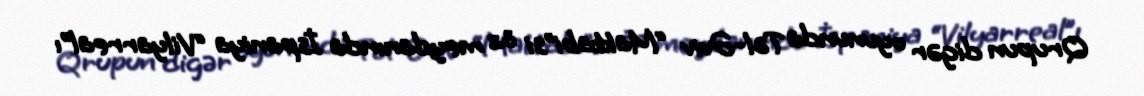
Qrupun digər oyununda Təl-Əviv “Makkabi”si öz meydanında İspaniya “Vilyarreal”ı